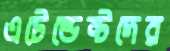
এটেন্ডেন্টদের